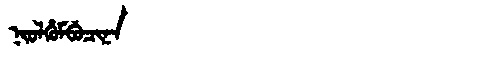
Manchu: ᠨᡳᠣᠯᡥᡠᠮᠪᡠᠴᡳᠨᠠ
Romanization: NIOLHUMBUCINA